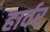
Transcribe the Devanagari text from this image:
हार्वर